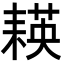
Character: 𦔃